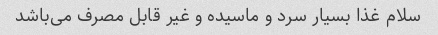
سلام غذا بسیار سرد و ماسیده و غیر قابل مصرف می‌باشد